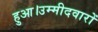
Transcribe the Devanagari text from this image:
हुआ।उम्मीदवारों